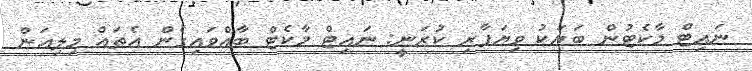
ނައިޓް މާކެޓުން ބަޔަކު ވިޔަފާރި ކުރަނީ: ނައިޓް މާކެޓް ބާއްވައިގެން އެތައް މިލިއަން